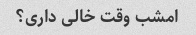
امشب وقت خالی داری؟